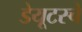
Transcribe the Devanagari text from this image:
डेयूटस्चे